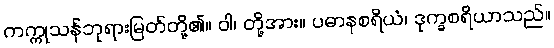
ကက္ကုသန်ဘုရားမြတ်တို့၏။ ဝါ၊ တို့အား။ ပဓာနစရိယံ၊ ဒုက္ခစရိယာသည်။